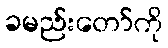
ခမည်းတော်ကို